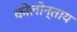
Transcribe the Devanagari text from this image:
कोलोन्ताय